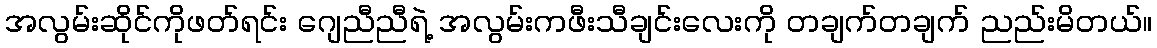
အလွမ်းဆိုင်ကိုဖတ်ရင်း ဂျေညီညီရဲ့ အလွမ်းကဖီးသီချင်းလေးကို တချက်တချက် ညည်းမိတယ်။